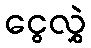
ငွေလွှဲ